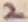
Text: 2